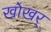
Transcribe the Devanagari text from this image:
खोखर्